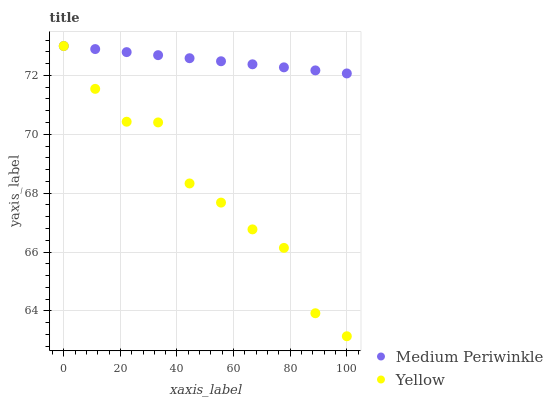
| xaxis_label | Medium Periwinkle | Yellow |
 | --- | --- | --- |
 | 0 | 73 | 73 |
 | 11.1 | 72.9 | 71.5 |
 | 22.2 | 72.8 | 70.4 |
 | 33.3 | 72.7 | 70.4 |
 | 44.4 | 72.6 | 68.3 |
 | 55.6 | 72.5 | 67.7 |
 | 66.7 | 72.4 | 66.8 |
 | 77.8 | 72.3 | 66.1 |
 | 88.9 | 72.2 | 63.9 |
 | 100 | 72.1 | 63.1 |